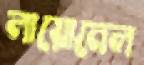
লায়োনেল